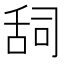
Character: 𮍷